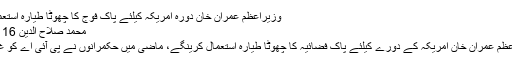
وزیراعظم عمران خان دورہ امریکہ کیلئے پاک فوج کا چھوٹا طیارہ استعمال کریں گے -
محمد صلاح الدین 16 جولائی 2019
کراچی : وزیراعظم عمران خان امریکہ کے دورے کیلئے پاک فضائیہ کا چھوٹا طیارہ استعمال کرینگے، ماضی میں حکمرانوں نے پی آئی اے کو غلط استعمال کیا۔